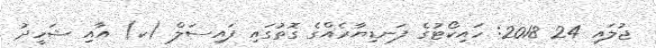
ޖުލައި 24 2018: ހައިކޯޓުގެ ފަނޑިޔާރެއްގެ ގޮތުގައި ފައިސަލް (ކ) އާއި ޝަހީދު